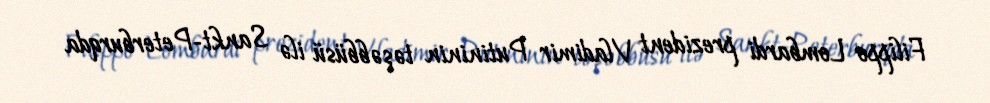
Filippo Lombardi prezident Vladimir Putininin təşəbbüsü ilə Sankt-Peterburqda